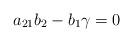
LaTeX: \begin{align*} a_{21} b_2 - b_1 \gamma = 0\end{align*}